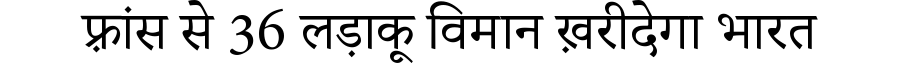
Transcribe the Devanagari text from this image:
फ़्रांस से 36 लड़ाकू विमान ख़रीदेगा भारत